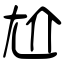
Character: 尬